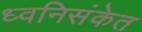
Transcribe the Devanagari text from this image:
ध्वनिसंकेत